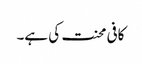
کافی محنت کی ہے۔